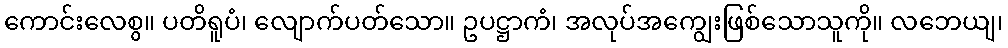
ကောင်းလေစွ။ ပတိရူပံ၊ လျောက်ပတ်သော။ ဥပဋ္ဌာကံ၊ အလုပ်အကျွေးဖြစ်သောသူကို။ လဘေယျ၊